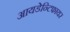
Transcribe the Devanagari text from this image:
आयडेन्टिफायर